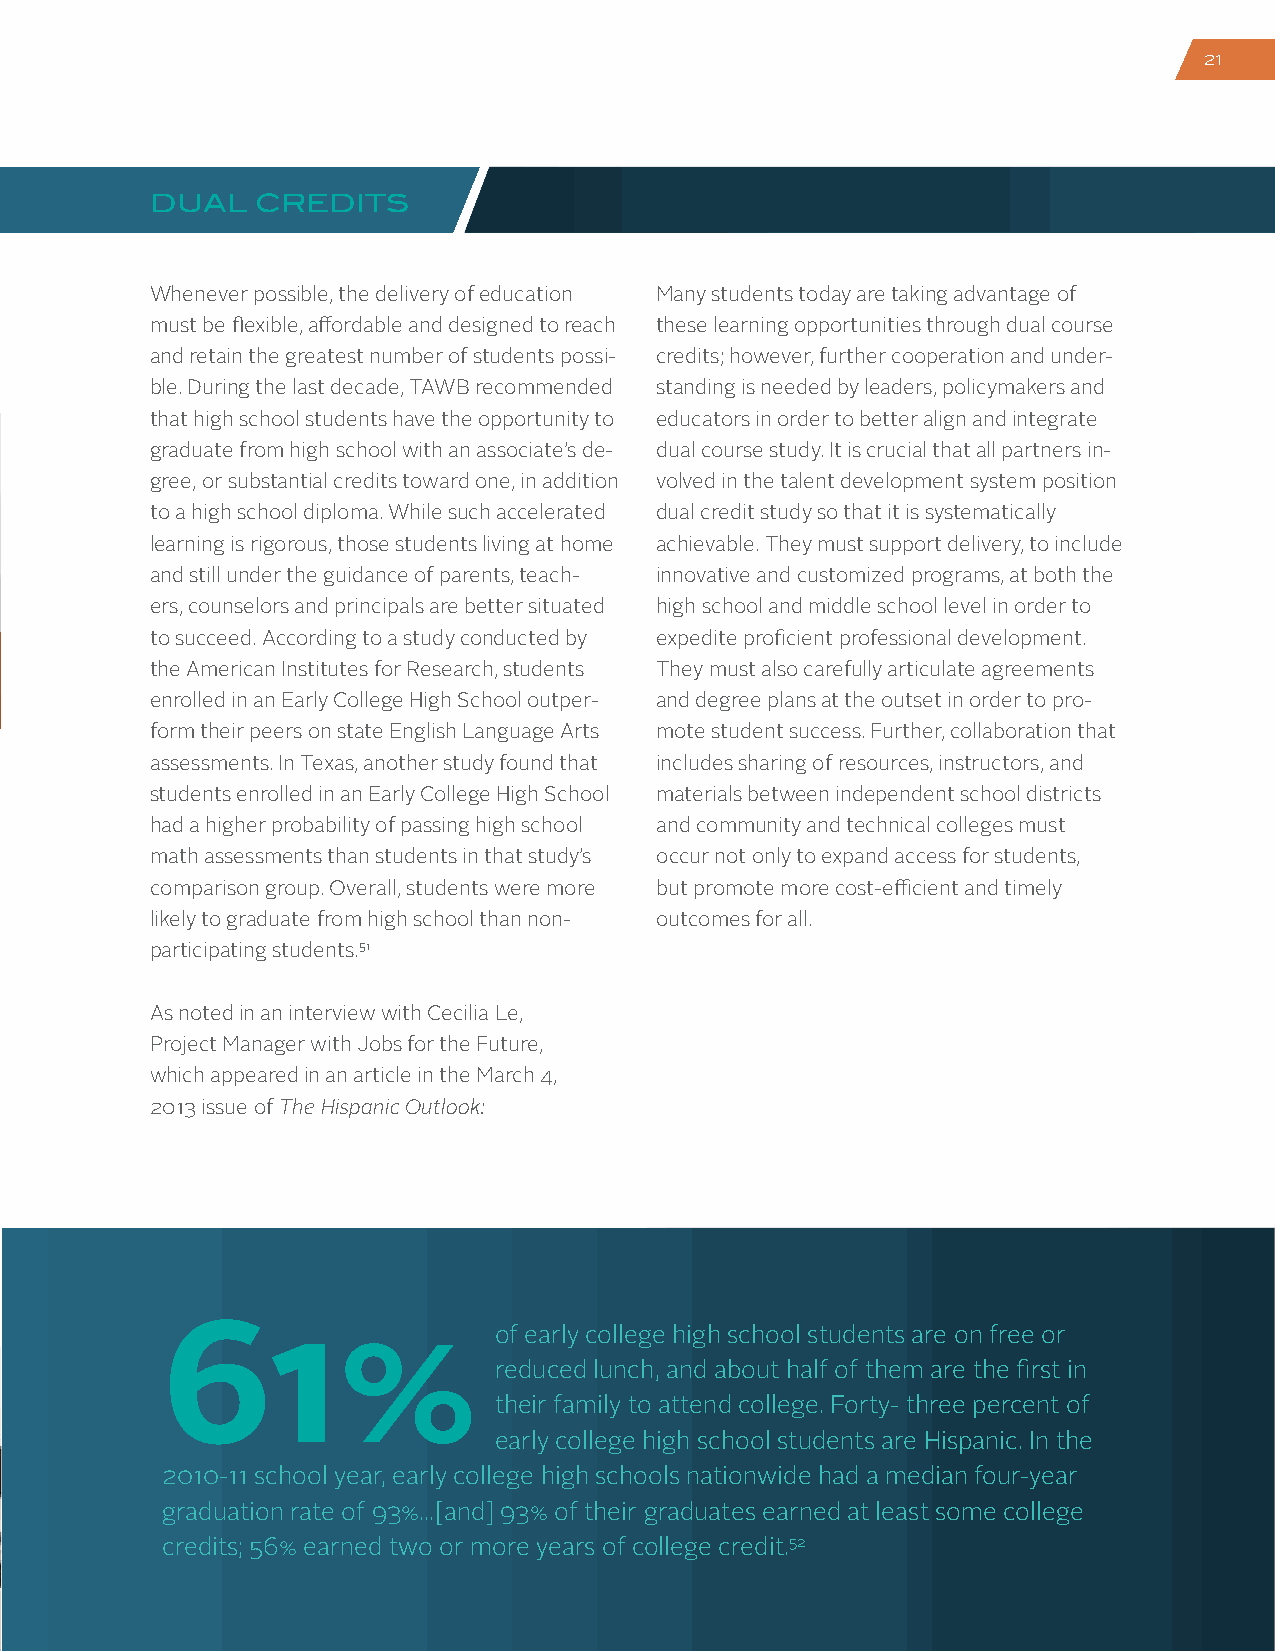
21
 DUAL   CREDITS
 Whenever possible, the delivery of education Many students today are taking advantage of
 must be flexible, affordable and designed to reach these learning opportunities through dual course
 and retain the greatest number of students possi- credits; however, further cooperation and under-
 ble. During the last decade, TAWB recommended standing is needed by leaders, policymakers and
 that high school students have the opportunity to educators in order to better align and integrate
 graduate from high school with an associate’s de- dual course study. It is crucial that all partners in-
 gree, or substantial credits toward one, in addition volved in the talent development system position
 to a high school diploma. While such accelerated dual credit study so that it is systematically
 learning is rigorous, those students living at home achievable. They must support delivery, to include
 and still under the guidance of parents, teach- innovative and customized programs, at both the
 ers, counselors and principals are better situated high school and middle school level in order to
 to succeed. According to a study conducted by expedite proficient professional development.
 the American Institutes for Research, students They must also carefully articulate agreements
 enrolled in an Early College High School outper- and degree plans at the outset in order to pro-
 form their peers on state English Language Arts mote student success. Further, collaboration that
 assessments. In Texas, another study found that includes sharing of resources, instructors, and
 students enrolled in an Early College High School materials between independent school districts
 had a higher probability of passing high school and community and technical colleges must
 math assessments than students in that study’s occur not only to expand access for students,
 comparison group. Overall, students were more but promote more cost-efficient and timely
 likely to graduate from high school than non- outcomes for all.
 participating students.51
 As noted in an interview with Cecilia Le,
 Project Manager with Jobs for the Future,
 which appeared in an article in the March 4,
 2013 issue of The Hispanic Outlook:
 61%                   of early college high school students are on free or
 reduced lunch, and about half of them are the first in
 their family to attend college. Forty- three percent of
 early college high school students are Hispanic. In the
 2010-11 school year, early college high schools nationwide had a median four-year
 graduation rate of 93%...[and] 93% of their graduates earned at least some college
 credits; 56% earned two or more years of college credit.52